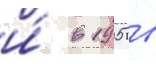
и́ в 1905 в